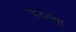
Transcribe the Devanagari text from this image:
बडल्या